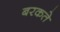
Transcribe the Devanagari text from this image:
बरकते